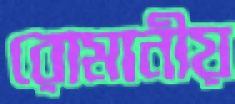
রোমানীয়